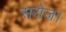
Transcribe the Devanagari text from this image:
सरोज।